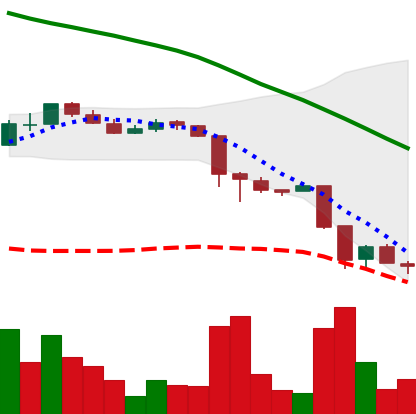
Ticker: ADA-USD
Chart end date: 2018-11-23
Forward return: -3.204%
Label: down_3_5